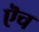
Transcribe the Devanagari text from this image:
ऎच